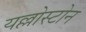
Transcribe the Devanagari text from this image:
यल्लोस्टोन